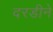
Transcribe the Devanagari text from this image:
दरडीने